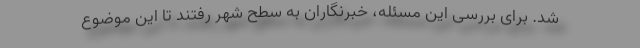
شد. برای بررسی این مسئله، خبرنگاران به سطح شهر رفتند تا این موضوع